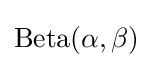
\mathrm {Beta} (\alpha ,\beta )